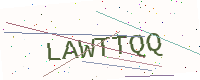
Text: LAWTTQQ